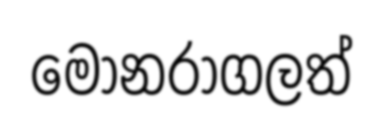
මොනරාගලත්